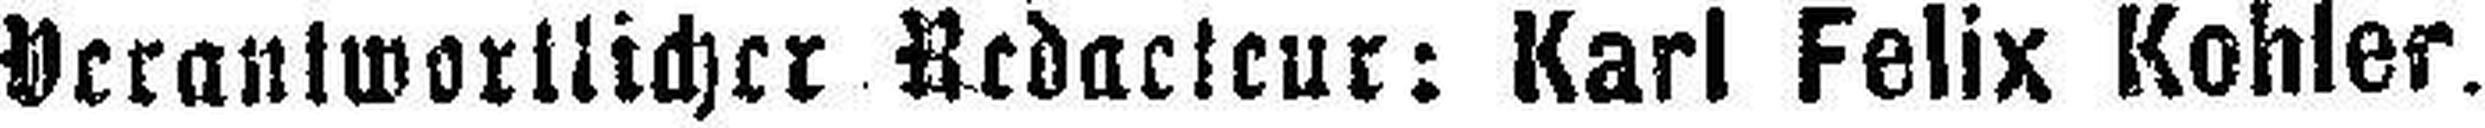
Verantwortlicher Redacteur: Karl Felix Kohler.